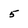
Character: 5